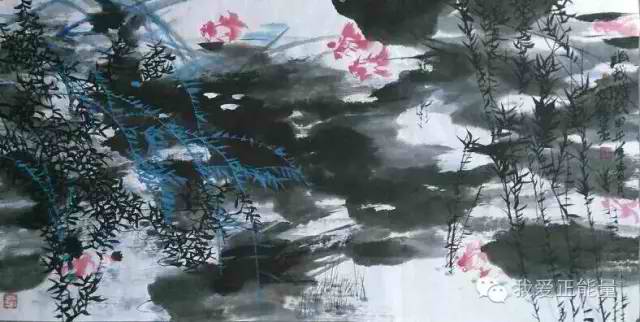
今朝此为别，何处还相遇。